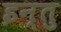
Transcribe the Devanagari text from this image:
इन्तु